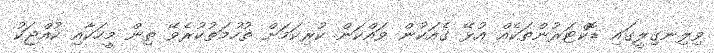
ވިލިނގިލީގައި ޑޮކްޓަރުންތަކެއް އުޅޭ ގެއަކުން ވައްކަން ކުރިކަމަށް ތުހުމަތުކުރެވޭ ތިން މީހަކާއި ކުއްޖަކު